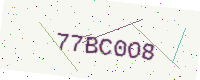
Text: 77BC0O8